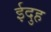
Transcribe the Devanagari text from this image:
ईदुह